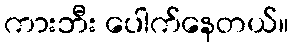
ကားဘီး ပေါက်နေတယ်။